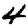
Digit: 4